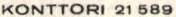
KONTTORI 21 589